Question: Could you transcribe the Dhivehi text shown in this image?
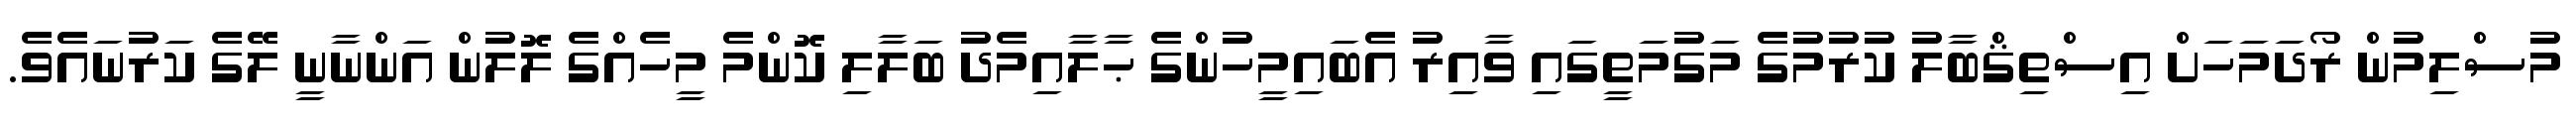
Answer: މުސްލިމުން ރޯދަމަހަށް އިސްތިޤްބާލު ކުރުމުގެ މަގުމަތީގައި ވާއިރު އެބައިމީހުންގެ ޙާލާއިމެދު ބަލާލި ކޮންމެ މީހެއްގެ ލޮލުން އަންނާނީ ލޭގެ ކަރުނައެވެ.